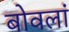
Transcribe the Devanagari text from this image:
बोवलां